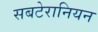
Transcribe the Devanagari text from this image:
सबटेरानियन